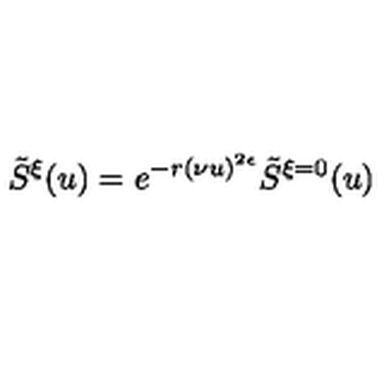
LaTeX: \tilde { S } ^ { \xi } ( u ) = e ^ { - r ( \nu u ) ^ { 2 \epsilon } } \tilde { S } ^ { \xi = 0 } ( u )